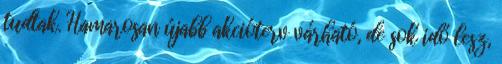
tudtak. Hamarosan újabb akcióterv várható, de sok idő lesz,